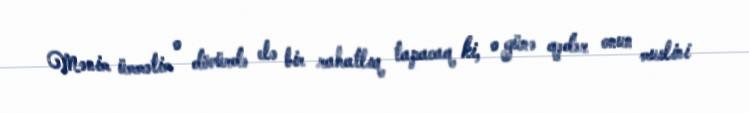
Mənim ümmətim o dövürdə elə bir rahatlıq tapacaq ki, o günə qədər onun muslini